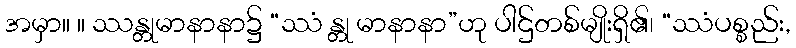
အမှာ။ ။ ဿန္တုမာနာနာ၌ “ဿံ န္တု မာနာနာ”ဟု ပါဌ်တစ်မျိုးရှိ၏၊ “ဿံပစ္စည်း,